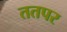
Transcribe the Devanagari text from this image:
ततपर